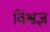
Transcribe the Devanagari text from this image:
विश्वज्ञ